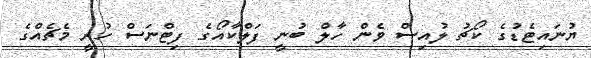
ޔުނައިޓެޑުގެ ކޯޗު ލުއިސް ވެން ހާލް ބުނީ ފަލްކާއޯގެ ފިޓްނަސް ހުރީ މެޗެއްގެ